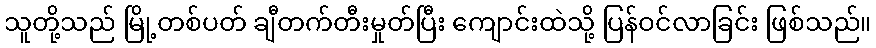
သူတို့သည် မြို့တစ်ပတ် ချီတက်တီးမှုတ်ပြီး ကျောင်းထဲသို့ ပြန်ဝင်လာခြင်း ဖြစ်သည်။